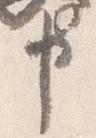
申